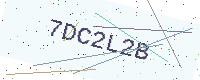
Text: 7DC2L2B